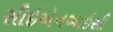
સીઇએનઆઇસી